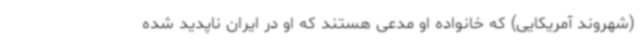
(شهروند آمریکایی) که خانواده او مدعی هستند که او در ایران ناپدید شده